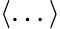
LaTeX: \langle...\rangle